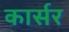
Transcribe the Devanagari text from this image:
कार्सर